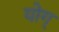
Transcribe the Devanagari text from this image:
योग्‌